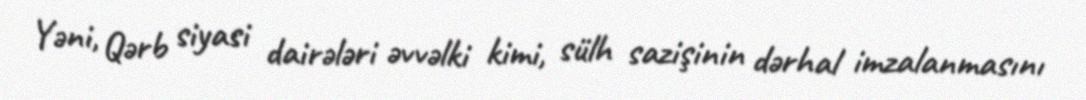
Yəni, Qərb siyasi dairələri əvvəlki kimi, sülh sazişinin dərhal imzalanmasını